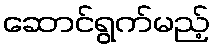
ဆောင်ရွက်မည့်